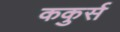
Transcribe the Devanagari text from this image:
ककुर्स